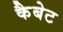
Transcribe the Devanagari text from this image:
कैबेट